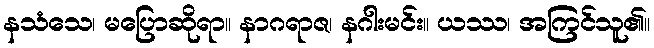
နသံသေ၊ မပြောဆိုရာ။ နာဂရာဇ၊ နဂါးမင်း။ ယဿ၊ အကြင်သူ၏။